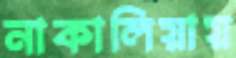
নাকালিয়ায়